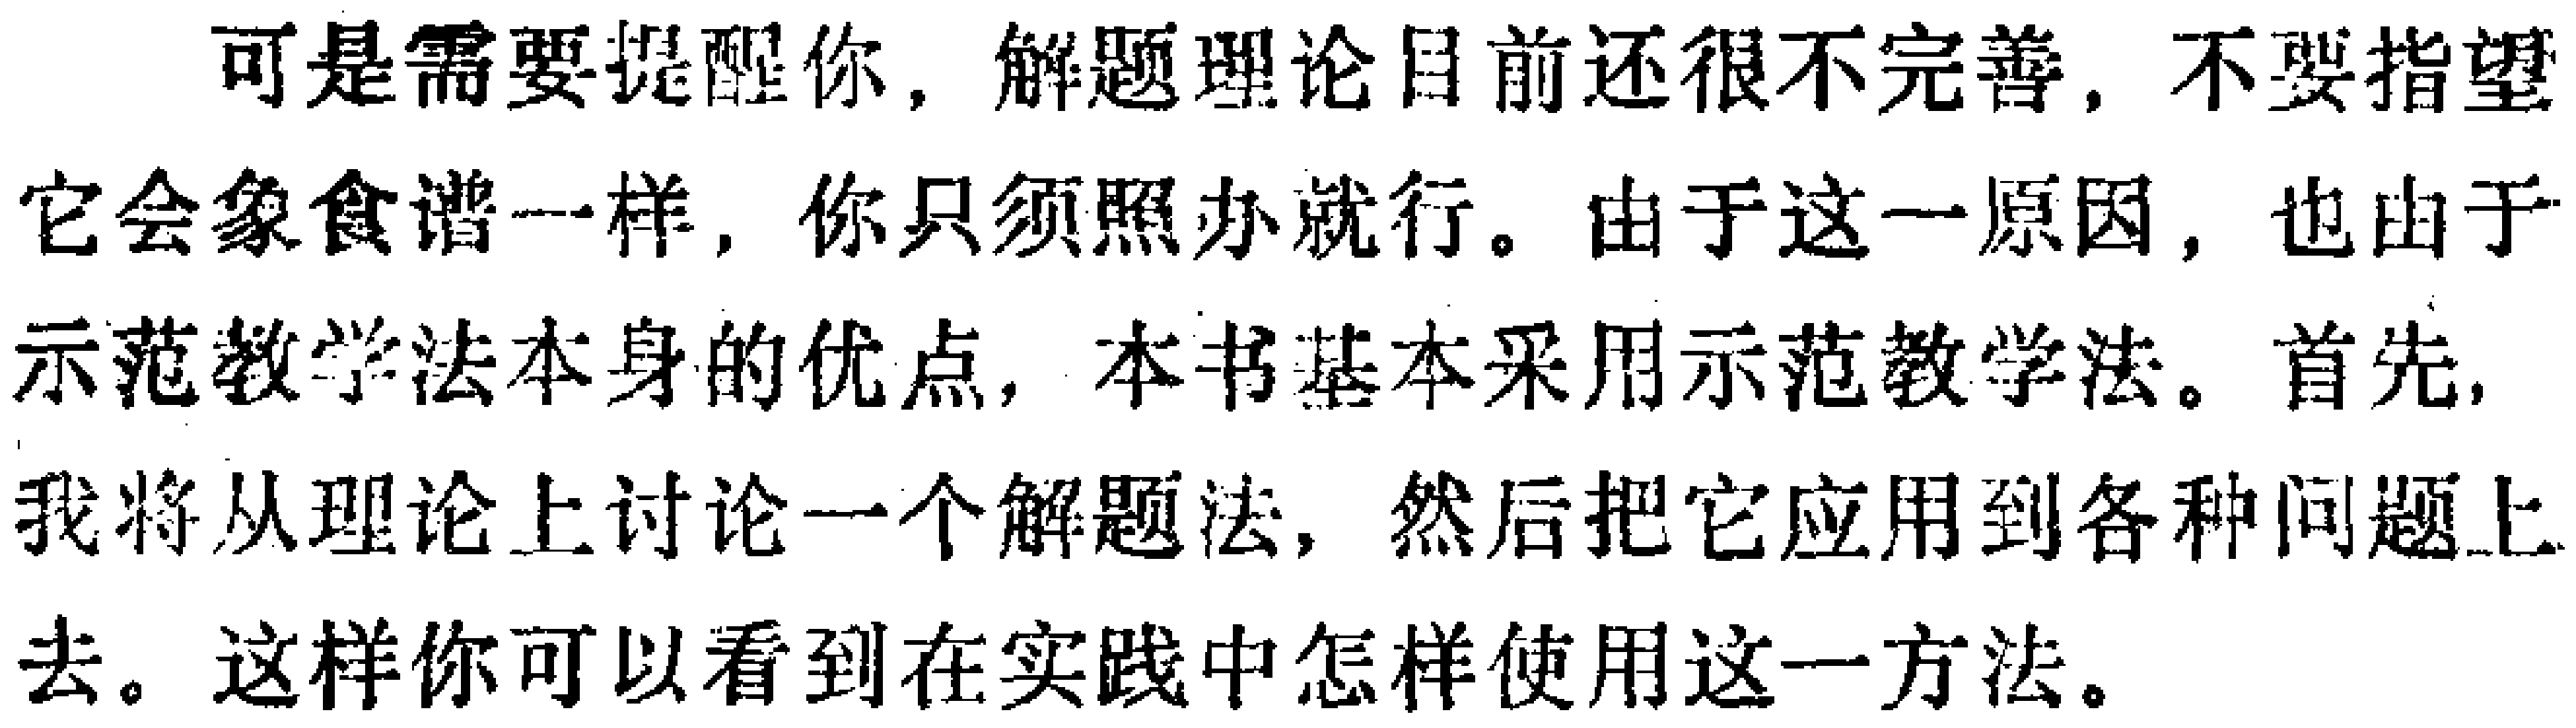
可是需要提醒你，解题理论目前还很不完善，不要指望它会象食谱一样，你只须照办就行。由于这一原因，也由于示范教学法本身的优点，本书基本采用示范教学法。首先，我将从理论上讨论一个解题法，然后把它应用到各种问题上去。这样你可以看到在实践中怎样使用这一方法。